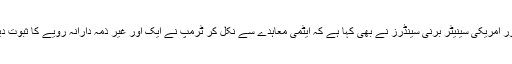
ایک اور امریکی سینیٹر برنی سینڈرز نے بھی کہا ہے کہ ایٹمی معاہدے سے نکل کر ٹرمپ نے ایک اور غیر ذمہ دارانہ رویّے کا ثبوت دیا ہے۔